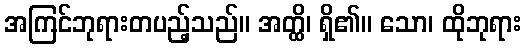
အကြင်ဘုရားတပည့်သည်။ အတ္ထိ၊ ရှိ၏။ သော၊ ထိုဘုရား